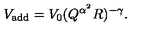
V _ { \mathrm { a d d } } = V _ { 0 } ( Q ^ { \alpha ^ { 2 } } R ) ^ { - \gamma } .